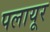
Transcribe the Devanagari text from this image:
पलायूर